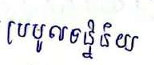
ប្រមូលទិន្នន័យ